Enquiry on enteric fever in India - Number 32
Disease focus: Fever
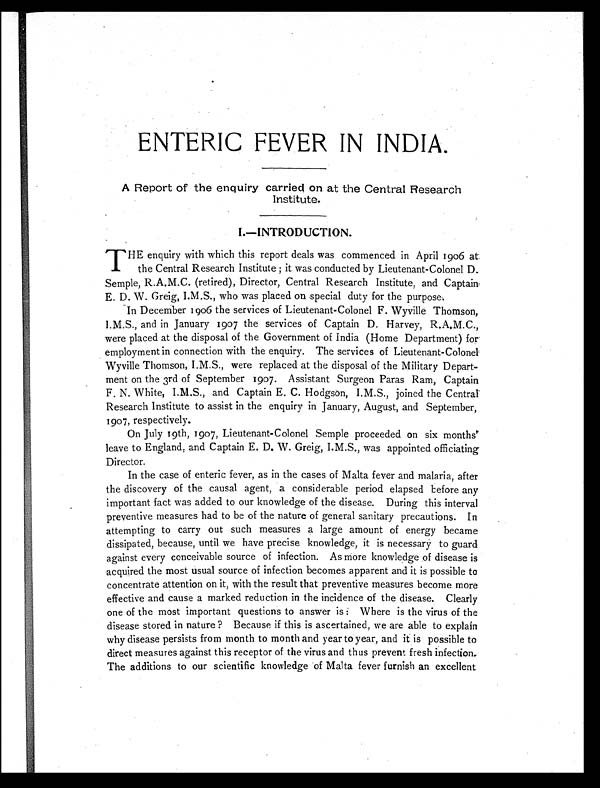
ENTERIC FEVER IN INDIA.
A Report of the enquiry carried on at the Central Research
Institute.
I.—INTRODUCTION.
T HE enquiry with which this report deals was commenced in April 1906 at
the Central Research Institute ; it was conducted by Lieutenant-Colonel D.
Semple, R.A.M.C. (retired), Director, Central Research Institute, and Captain.
E. D. W. Greig, I.M.S., who was placed on special duty for the purpose.
In December 1906 the services of Lieutenant-Colonel F. Wyville Thomson,
I.M.S., and in January 1907 the services of Captain D. Harvey, R.A.M.C.,
were placed at the disposal of the Government of India (Home Department) for
employment in connection with the enquiry. The services of Lieutenant-Colonel
Wyville Thomson, I.M.S., were replaced at the disposal of the Military Depart-
ment on the 3rd of September 1907. Assistant Surgeon Paras Ram, Captain
F. N. White, I.M.S., and Captain E. C. Hodgson, I.M.S., joined the Central
Research Institute to assist in the enquiry in January, August, and September,
1907, respectively.
On July 19th, 1907, Lieutenant-Colonel Semple proceeded on six months'
leave to England, and Captain E. D. W. Greig, I.M.S., was appointed officiating
Director.
In the case of enteric fever, as in the cases of Malta fever and malaria, after
the discovery of the causal agent, a considerable period elapsed before any
important fact was added to our knowledge of the disease. During this interval
preventive measures had to be of the nature of general sanitary precautions. In
attempting to carry out such measures a large amount of energy became
dissipated, because, until we have precise knowledge, it is necessary to guard.
against every conceivable source of infection. As more knowledge of disease is
acquired the most usual source of infection becomes apparent and it is possible to
concentrate attention on it, with the result that preventive measures become more
effective and cause a marked reduction in the incidence of the disease. Clearly
one of the most important questions to answer is : Where is the virus of the
disease stored in nature ? Because if this is ascertained, we are able to explain
why disease persists from month to month and year to year, and it is possible to
direct measures against this receptor of the virus and thus prevent fresh infection.
The additions to our scientific knowledge of Malta fever furnish an excellent